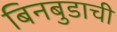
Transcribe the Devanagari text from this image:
बिनबुडाची